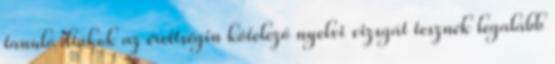
tanuló diákok az érettségin kötelező nyelvi vizsgát tesznek legalább